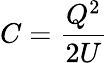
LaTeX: C={\frac{Q^{2}}{2U}}